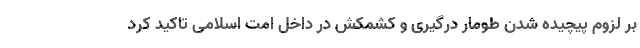
بر لزوم پیچیده شدن طومار درگیری و کشمکش در داخل امت اسلامی تاکید کرد